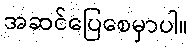
အဆင်ပြေစေမှာပါ။